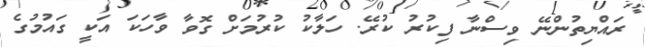
ރައްޔިތުންނޭ ވިސްނާ ފިކުރު ކުރޭ. ހަލާކު ކުރުމަށް ގޮވާ ވާހަކަ އަކީ ގައުމުގެ